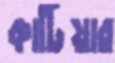
কাটিয়ার